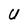
Character: U